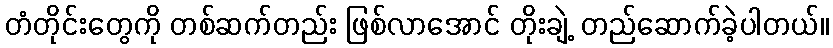
တံတိုင်းတွေကို တစ်ဆက်တည်း ဖြစ်လာအောင် တိုးချဲ့ တည်ဆောက်ခဲ့ပါတယ်။